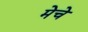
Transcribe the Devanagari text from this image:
मेचे